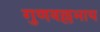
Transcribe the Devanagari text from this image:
गुणवल्लभाय